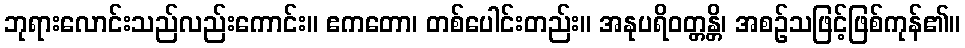
ဘုရားလောင်းသည်လည်းကောင်း။ ဧကတော၊ တစ်ပေါင်းတည်း။ အနုပရိဝတ္တန္တိ၊ အစဉ်သဖြင့်ဖြစ်ကုန်၏။